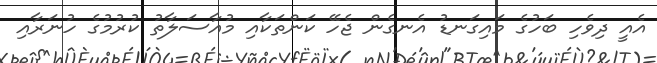
އެއީ ދިވެހި ބަހުގެ މައިގަނޑު އެނގެން ޖެހޭ ކަންތަކާއި މުއާސަލާތު ކުރުމުގެ ހުނަރާއި